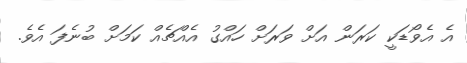
އެ އެވޯޑަކީ ކަރަން އަށް ވަރަށް ހައްގު އެއްޗެއް ކަމަށް ބުނެފަ އެވެ.